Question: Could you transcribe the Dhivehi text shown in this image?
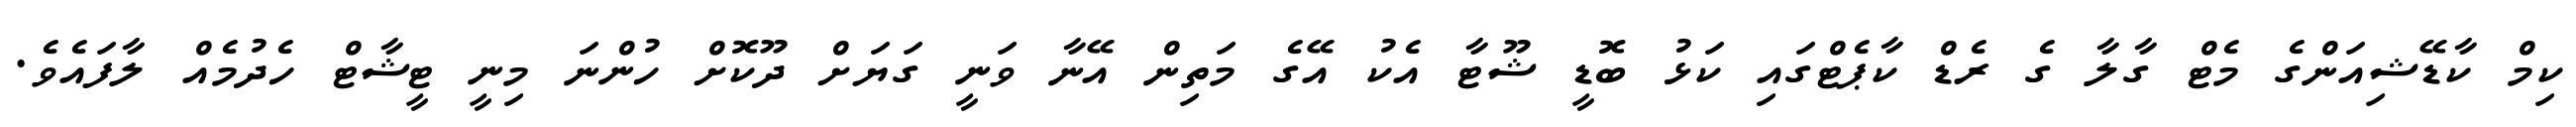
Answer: ކިމް ކާޑޭޝިއަންގެ މެޓް ގާލާ ގެ ރެޑް ކާޕެޓްގައި ކަޅު ބޮޑީ ޝޫޓާ އެކު އޭގެ މަތިން އޭނާ ވަނީ ގަޔަށް ދޫކޮށް ހުންނަ މިނީ ޓީޝާޓް ހެދުމެއް ލާފައެވެ.